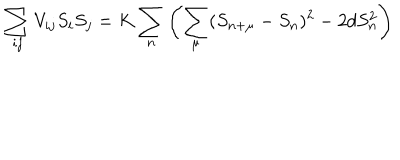
LaTeX: \sum _ { i j } V _ { i j } S _ { i } S _ { j } = K \sum _ { n } \left( \sum _ { \mu } ( S _ { n + \mu } - S _ { n } ) ^ { 2 } - 2 d S _ { n } ^ { 2 } \right)